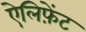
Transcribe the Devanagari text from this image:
ऐलिफ़ेंट